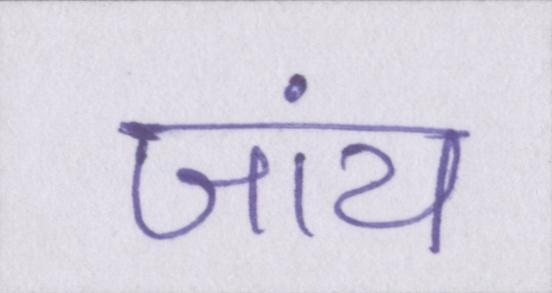
जांय